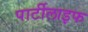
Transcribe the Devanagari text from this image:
पार्टीलाइफ